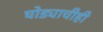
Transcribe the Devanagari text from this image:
घोड्याचीही